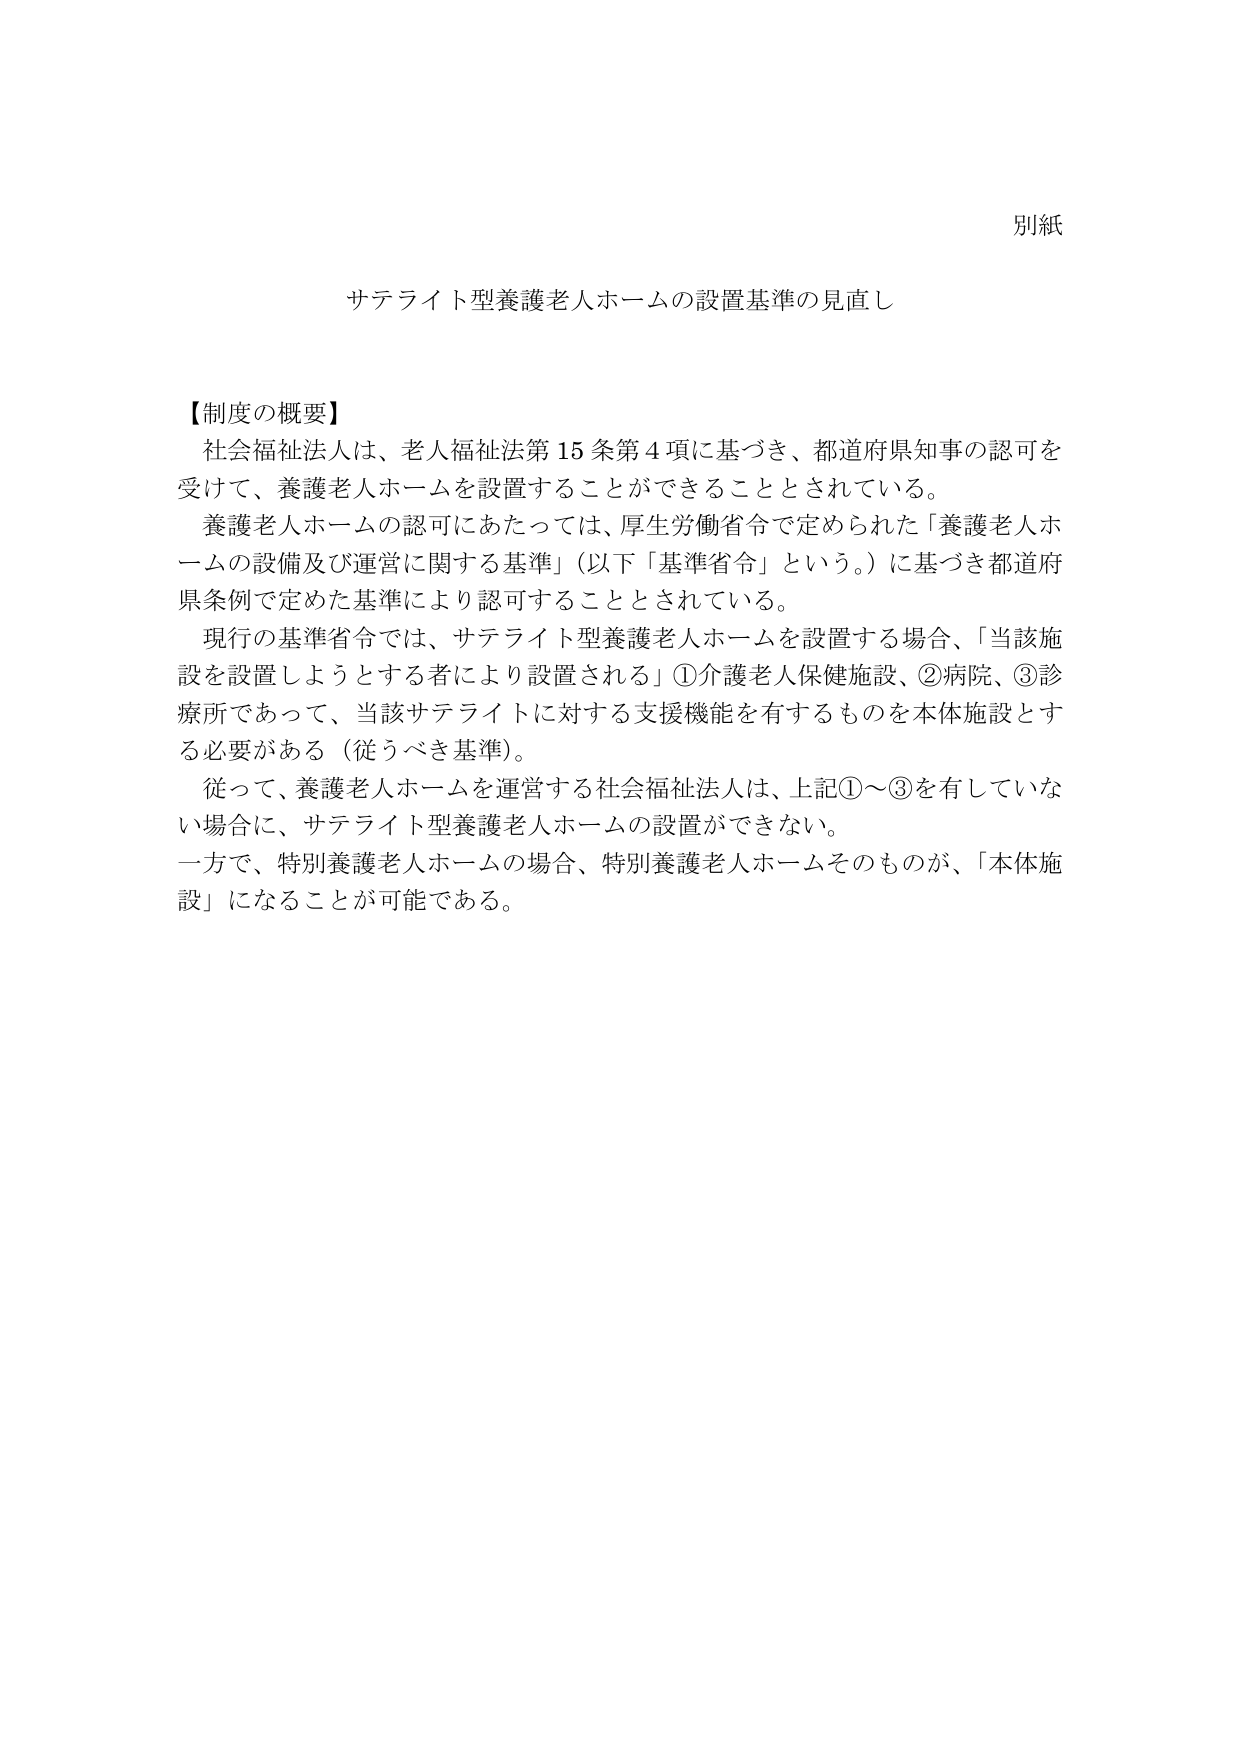
別紙

サテライト型養護老人ホームの設置基準の見直し

【制度の概要】
社会福祉法人は、老人福祉法第15条第4項に基づき、都道府県知事の認可を
受けて、養護老人ホームを設置することができることとされている。
養護老人ホームの認可にあたっては、厚生労働省令で定められた「養護老人ホームの設備及び運営に関する基準」（以下「基準省令」という。）に基づき都道府
県条例で定めた基準により認可することとされている。
現行の基準省令では、サテライト型養護老人ホームを設置する場合、「当該施
設を設置しようとする者により設置される」①介護老人保健施設、②病院、③診
療所であって、当該サテライトに対する支援機能を有するものを本体施設とす
る必要がある（従うべき基準）。
従って、養護老人ホームを運営する社会福祉法人は、上記①～③を有していな
い場合に、サテライト型養護老人ホームの設置ができない。
一方で、特別養護老人ホームの場合、特別養護老人ホームそのものが、「本体施
設」になることが可能である。